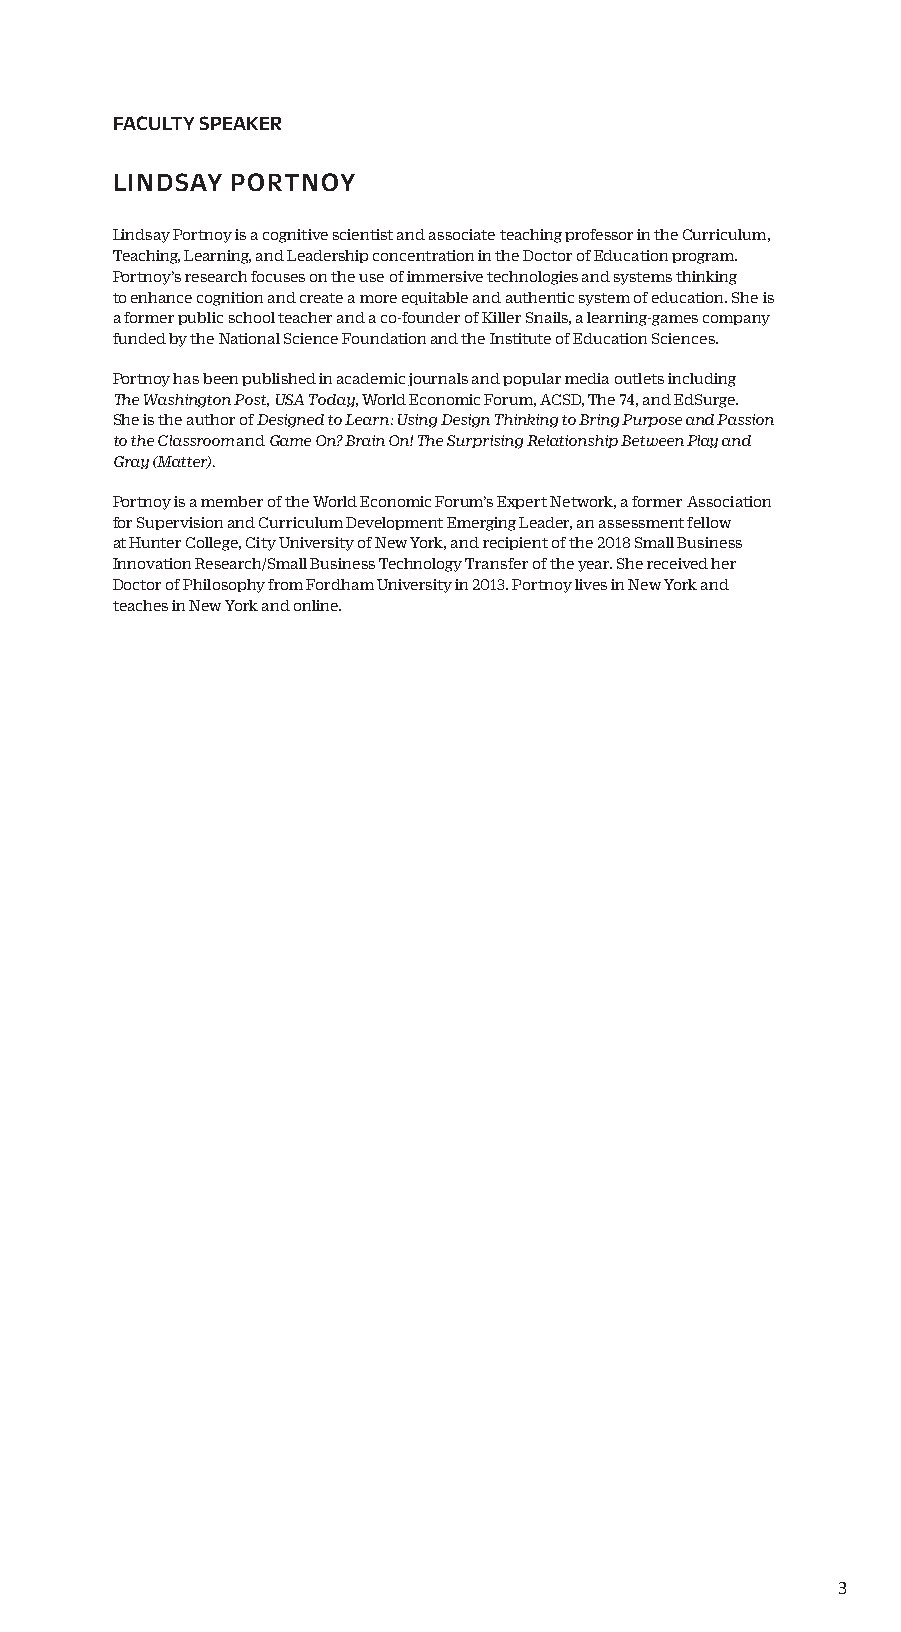
FACULTY SPEAKER
 LINDSAY PORTNOY
 Lindsay Portnoy is a cognitive scientist and associate teaching professor in the Curriculum,
 Teaching, Learning, and Leadership concentration in the Doctor of Education program.
 Portnoy’s research focuses on the use of immersive technologies and systems thinking
 to enhance cognition and create a more equitable and authentic system of education. She is
 a former public school teacher and a co-founder of Killer Snails, a learning-games company
 funded by the National Science Foundation and the Institute of Education Sciences.
 Portnoy has been published in academic journals and popular media outlets including
 The Washington Post, USA Today, World Economic Forum, ACSD, The 74, and EdSurge.
 She is the author of Designed to Learn: Using Design Thinking to Bring Purpose and Passion
 to the Classroom and Game On? Brain On! The Surprising Relationship Between Play and
 Gray (Matter).
 Portnoy is a member of the World Economic Forum’s Expert Network, a former Association
 for Supervision and Curriculum Development Emerging Leader, an assessment fellow
 at Hunter College, City University of New York, and recipient of the 2018 Small Business
 Innovation Research/Small Business Technology Transfer of the year. She received her
 Doctor of Philosophy from Fordham University in 2013. Portnoy lives in New York and
 teaches in New York and online.
 3